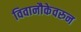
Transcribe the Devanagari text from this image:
विवानौकेवरुन